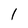
Character: 1